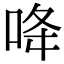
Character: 𠲓